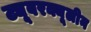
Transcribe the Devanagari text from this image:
ट्यूबरक्यूलीन